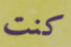
كنت